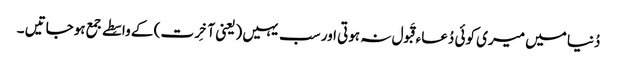
دُنیا میں میری کوئی دُعاء قَبول نہ ہوتی اور سب یہیں (یعنی آخِرت ) کے واسِطے جمع ہوجاتیں ۔